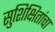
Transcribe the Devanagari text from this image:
सुशिक्षितांचा